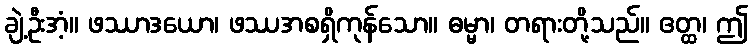
ချဲ့ဦးအံ့။ ဖဿာဒယော၊ ဖဿအစရှိကုန်သော။ ဓမ္မာ၊ တရားတို့သည်။ ဧတ္ထ၊ ဤ